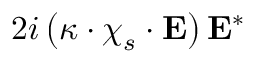
2 i \left( \boldsymbol { \kappa } \cdot \boldsymbol { \chi } _ { s } \cdot \mathbf { E } \right) \mathbf { E } ^ { * }